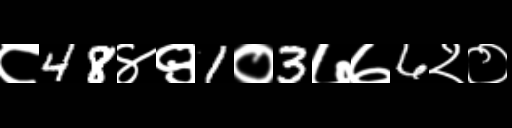
Text: ८48४९1०3७७6२०